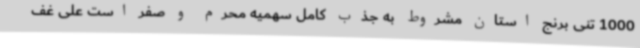
1000 تنی برنج استان مشروط به جذب کامل سهمیه محرم و صفر است علی غف